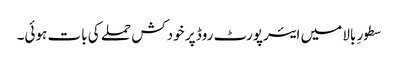
سطورِ بالا میں ایئرپورٹ روڈ پر خودکش حملے کی بات ہوئی۔